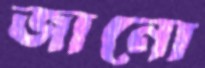
জানো